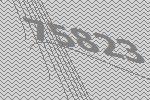
75823